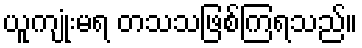
ယူကျုံးမရ တသသဖြစ်ကြရသည်။